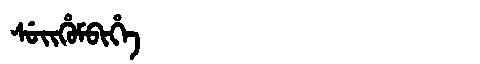
Manchu: ᠰᡠᡳᡥᡠᠮᠪᡳᡥᡝ
Romanization: SUIHUMBIHE